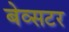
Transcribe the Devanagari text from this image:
बेव्सटर